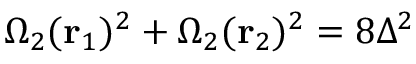
\Omega _ { 2 } ( { \bf r } _ { 1 } ) ^ { 2 } + \Omega _ { 2 } ( { \bf r } _ { 2 } ) ^ { 2 } = 8 \Delta ^ { 2 }